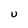
Character: U